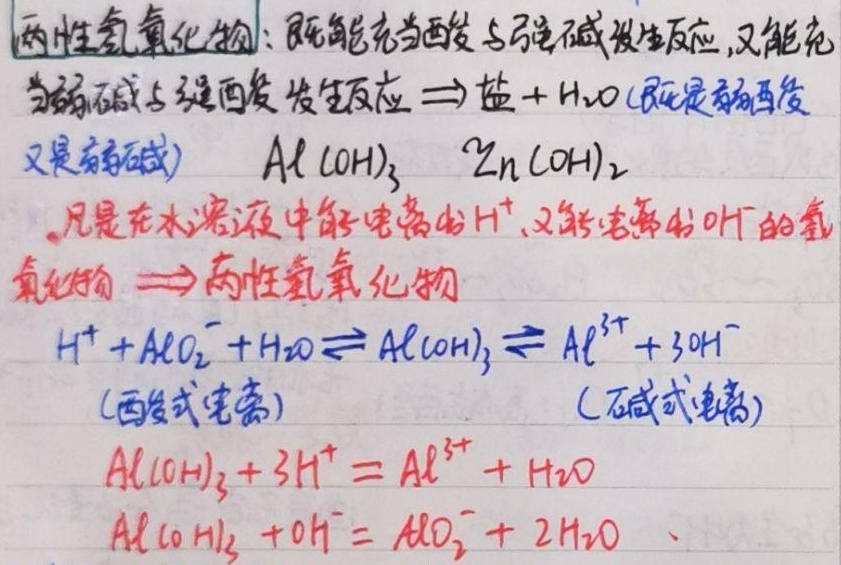
两性氢氧化物：既能充当酸与强碱发生反应，又能充
当弱碱与强酸发生反应$\Rightarrow$盐+$\mathrm{H}_{2}\mathrm{O}$(既是弱酸
又是弱碱) $\mathrm{Al}(\mathrm{OH})_{3}$ $\mathrm{Zn}(\mathrm{OH})_{2}$
。凡是在水溶液中能电离出$\mathrm{H}^{+}$,又能电离出$\mathrm{OH}^{-}$的氢
氧化物$\Longrightarrow$两性氢氧化物
$\mathrm{H}^{+}+\mathrm{AlO}_{2}^{-}+\mathrm{H}_{2}\mathrm{O}\rightleftharpoons\mathrm{Al}(\mathrm{OH})_{3}\rightleftharpoons\mathrm{Al}^{3 +}+3\mathrm{OH}^{-}$
(酸式电离) (碱式电离)
$\mathrm{Al}(\mathrm{OH})_{3}+3\mathrm{H}^{+}=\mathrm{Al}^{3 +}+\mathrm{H}_{2}\mathrm{O}$
$\mathrm{Al}(\mathrm{OH})_{3}+\mathrm{OH}^{-}=\mathrm{AlO}_{2}^{-}+2\mathrm{H}_{2}\mathrm{O}$